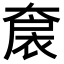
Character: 𡙤